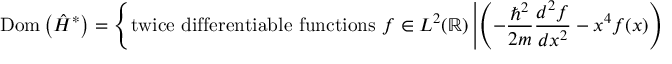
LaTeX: \operatorname { D o m } \left( { \hat { H } } ^ { * } \right) = \left\{ { \mathrm { t w i c e ~ d i f f e r e n t i a b l e ~ f u n c t i o n s ~ } } f \in L ^ { 2 } ( \mathbb { R } ) \left| \left( - { \frac { \hbar ^ { 2 } } { 2 m } } { \frac { d ^ { 2 } f } { d x ^ { 2 } } } - x ^ { 4 } f ( x ) \right) \in L ^ { 2 } ( \mathbb { R } ) \right. \right\} .